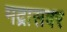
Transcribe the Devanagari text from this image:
मद्रासवर